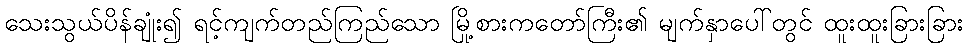
သေးသွယ်ပိန်ချုံး၍ ရင့်ကျက်တည်ကြည်သော မြို့စားကတော်ကြီး၏ မျက်နှာပေါ်တွင် ထူးထူးခြားခြား